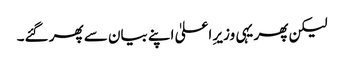
لیکن پھر یہی وزیرِ اعلیٰ اپنے بیان سے پھر گئے۔